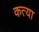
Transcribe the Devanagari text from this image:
कत्या